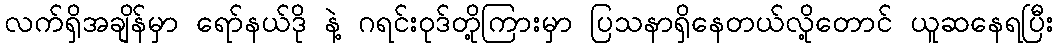
လက်ရှိအချိန်မှာ ရော်နယ်ဒို နဲ့ ဂရင်းဝုဒ်တို့ကြားမှာ ပြသနာရှိနေတယ်လို့တောင် ယူဆနေရပြီး